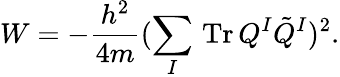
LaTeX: W=-\frac{h^{2}}{4m}(\sum_{I}\, \mathrm{Tr}\, Q^{I}\tilde{Q}^{I})^{2}.